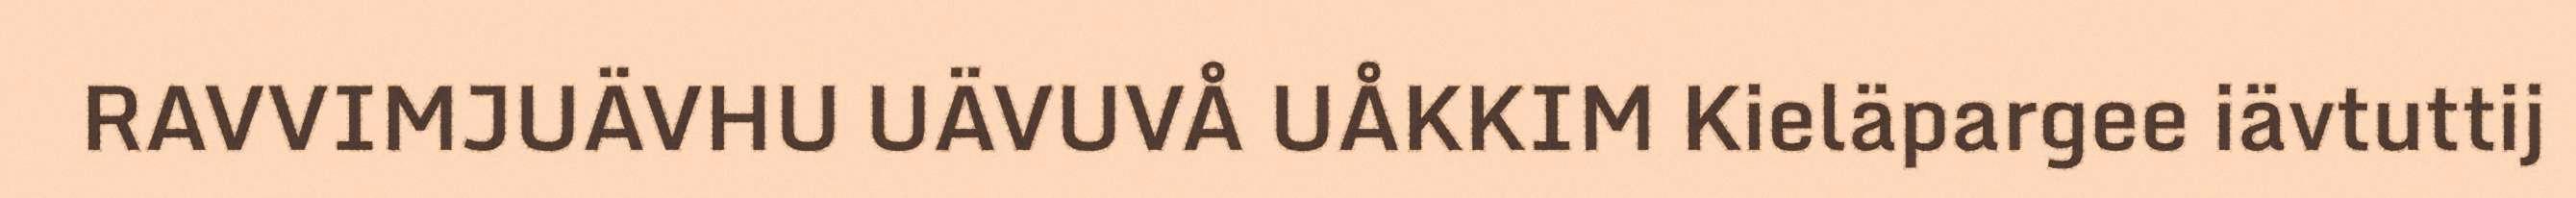
RAVVIMJUÄVHU UÄVUVÅ UÅKKIM Kieläpargee iävtuttij